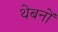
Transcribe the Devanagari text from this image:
थेबनों